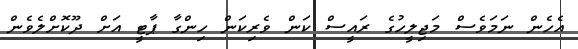
އެހެން ނަމަވެސް މަޖިލީހުގެ ރައީސް ކަން ވެރިކަން ހިންގާ ޕާޓީ އަށް ދޫކޮށްލެވެން